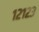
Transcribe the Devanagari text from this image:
१२१२३